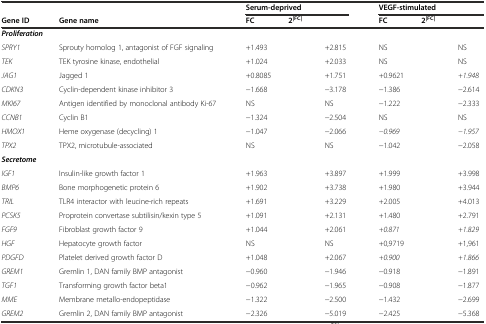
<table><thead><tr><td></td><td></td><td colspan="3"><b>Serum-deprived</b></td><td colspan="3"><b>VEGF-stimulated</b></td></tr><tr><td><b>Gene ID</b></td><td><b>Gene name</b></td><td><b>FC</b></td><td colspan="2"><b>2<sup>|FC|</sup></b></td><td><b>FC</b></td><td colspan="2"><b>2<sup>|FC|</sup></b></td></tr></thead><tbody><tr><td colspan="2"><b><i>Proliferation</i></b></td><td colspan="2"></td><td></td><td colspan="2"></td><td></td></tr><tr><td><i>SPRY1</i></td><td>Sprouty homolog 1, antagonist of FGF signaling</td><td colspan="2">+1.493</td><td>+2.815</td><td colspan="2">NS</td><td>NS</td></tr><tr><td><i>TEK</i></td><td>TEK tyrosine kinase, endothelial</td><td colspan="2">+1.024</td><td>+2.033</td><td colspan="2">NS</td><td>NS</td></tr><tr><td><i>JAG1</i></td><td>Jagged 1</td><td colspan="2">+0.8085</td><td>+1.751</td><td colspan="2">+0.9621</td><td><i>+1.948</i></td></tr><tr><td><i>CDKN3</i></td><td>Cyclin-dependent kinase inhibitor 3</td><td colspan="2">−1.668</td><td>−3.178</td><td colspan="2">−1.386</td><td>−2.614</td></tr><tr><td><i>MKI67</i></td><td>Antigen identified by monoclonal antibody Ki-67</td><td colspan="2">NS</td><td>NS</td><td colspan="2">−1.222</td><td>−2.333</td></tr><tr><td><i>CCNB1</i></td><td>Cyclin B1</td><td colspan="2">−1.324</td><td>−2.504</td><td colspan="2">NS</td><td>NS</td></tr><tr><td><i>HMOX1</i></td><td>Heme oxygenase (decycling) 1</td><td colspan="2">−1.047</td><td>−2.066</td><td colspan="2"><i>−0.969</i></td><td><i>−1.957</i></td></tr><tr><td><i>TPX2</i></td><td>TPX2, microtubule-associated</td><td colspan="2">NS</td><td>NS</td><td colspan="2">−1.042</td><td>−2.058</td></tr><tr><td colspan="2"><b><i>Secretome</i></b></td><td colspan="2"></td><td></td><td colspan="2"></td><td></td></tr><tr><td><i>IGF1</i></td><td>Insulin-like growth factor 1</td><td colspan="2">+1.963</td><td>+3.897</td><td colspan="2">+1.999</td><td>+3.998</td></tr><tr><td><i>BMP6</i></td><td>Bone morphogenetic protein 6</td><td colspan="2">+1.902</td><td>+3.738</td><td colspan="2">+1.980</td><td>+3.944</td></tr><tr><td><i>TRIL</i></td><td>TLR4 interactor with leucine-rich repeats</td><td colspan="2">+1.691</td><td>+3.229</td><td colspan="2">+2.005</td><td>+4.013</td></tr><tr><td><i>PCSK5</i></td><td>Proprotein convertase subtilisin/kexin type 5</td><td colspan="2">+1.091</td><td>+2.131</td><td colspan="2">+1.480</td><td>+2.791</td></tr><tr><td><i>FGF9</i></td><td>Fibroblast growth factor 9</td><td colspan="2">+1.044</td><td>+2.061</td><td colspan="2"><i>+0.871</i></td><td><i>+1.829</i></td></tr><tr><td><i>HGF</i></td><td>Hepatocyte growth factor</td><td colspan="2">NS</td><td>NS</td><td colspan="2">+0,9719</td><td>+1,961</td></tr><tr><td><i>PDGFD</i></td><td>Platelet derived growth factor D</td><td colspan="2">+1.048</td><td>+2.067</td><td colspan="2"><i>+0.900</i></td><td><i>+1.866</i></td></tr><tr><td><i>GREM1</i></td><td>Gremlin 1, DAN family BMP antagonist</td><td colspan="2">−0.960</td><td>−1.946</td><td colspan="2">−0.918</td><td>−1.891</td></tr><tr><td><i>TGF1</i></td><td>Transforming growth factor beta1</td><td colspan="2">−0.962</td><td>−1.965</td><td colspan="2">−0.908</td><td>−1.877</td></tr><tr><td><i>MME</i></td><td>Membrane metallo-endopeptidase</td><td colspan="2">−1.322</td><td>−2.500</td><td colspan="2">−1.432</td><td>−2.699</td></tr><tr><td><i>GREM2</i></td><td>Gremlin 2, DAN family BMP antagonist</td><td colspan="2">−2.326</td><td>−5.019</td><td colspan="2">−2.425</td><td>−5.368</td></tr></tbody></table>